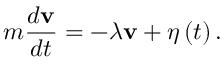
m { \frac { d \mathbf { v } } { d t } } = - \lambda \mathbf { v } + { \boldsymbol { \eta } } \left( t \right) .